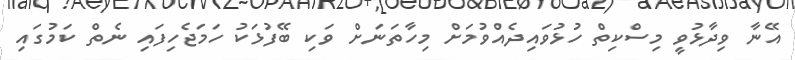
އޭނާ ވިދާޅުވީ މިސްކިތް ހުޅުވައިދެއްވުމަށް މިހާތަނަށް ވަކި ބޭފުޅަކު ހަމަޖެހިފައި ނެތް ކަމުގައި